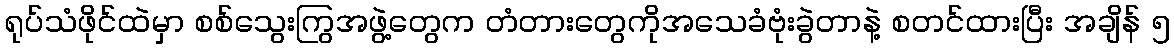
ရုပ်သံဖိုင်ထဲမှာ စစ်သွေးကြွအဖွဲ့တွေက တံတားတွေကိုအသေခံဗုံးခွဲတာနဲ့ စတင်ထားပြီး အချိန် ၅